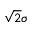
\sqrt { 2 } \sigma